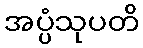
အပ္ပံသုပတိ